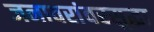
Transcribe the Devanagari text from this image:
जनावरांवरसुद्धा